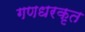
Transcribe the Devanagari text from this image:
गणधरकृत